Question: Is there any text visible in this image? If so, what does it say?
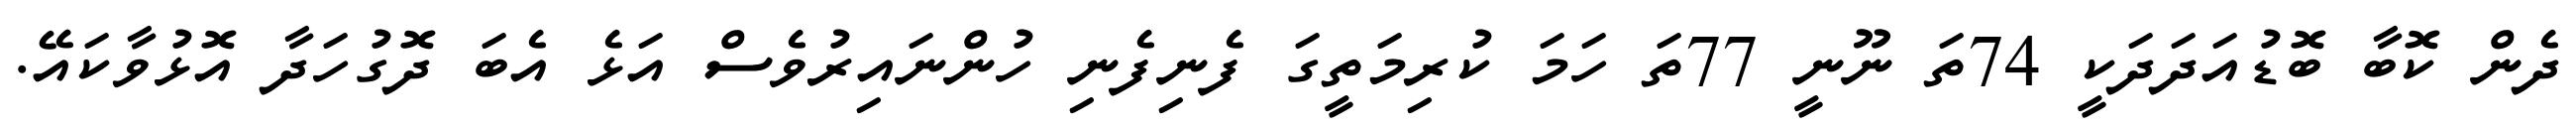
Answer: ދެން ކޮބާ ބޮޑުއަދަދަކީ 74ތަ ނޫނީ 77ތަ ހަމަ ކުރިމަތީގަ ފެނިފެނި ހުންނައިރުވެސް އަޅެ އެބަ ދޮގުހަދާ އޮޅުވާކައޭ.